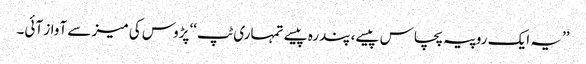
’’یہ ایک روپیہ پچاس پیسے، پندرہ پیسے تمہاری ٹپ‘‘ پڑوس کی میز سے آواز آئی۔